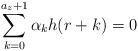
LaTeX: \begin{align*} \sum_{k=0}^{a_z+1}\alpha_kh(r+k)=0\end{align*}